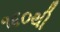
૧૬૦થી